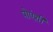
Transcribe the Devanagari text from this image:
प़ोएंशी